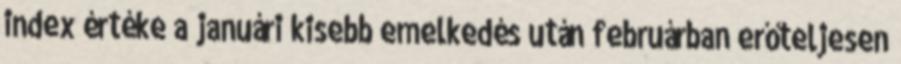
index értéke a januári kisebb emelkedés után februárban erőteljesen